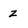
Character: z